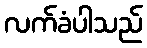
လက်ခံပါသည်